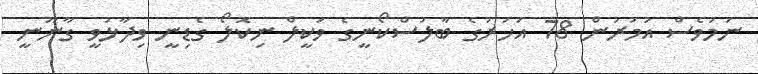
ނަމަވެސް އުމުރުން 78 އަހަރުގެ ބާލުސްކޯނީގެ ވަކީލް ނިކޮލޯ ގެޑިނީ ވިދާޅުވީ ގާނޫނީ